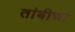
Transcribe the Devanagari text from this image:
तांबीचा